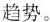
趋势。